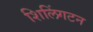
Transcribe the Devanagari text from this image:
शिलिंगटन